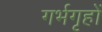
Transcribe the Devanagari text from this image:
गर्भगृहों